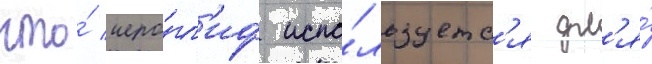
что́ иеро́гл'иф испо́льзуетс'я дл'я́